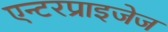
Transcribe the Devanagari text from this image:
एन्टरप्राइजेज